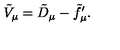
\tilde { V } _ { \mu } = \tilde { D } _ { \mu } - \tilde { f } _ { \mu } ^ { \prime } .